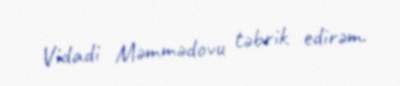
Vidadi Məmmədovu təbrik edirəm.